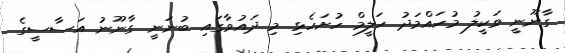
ގާނޫނީ ވަކީލު މުހައްމަދު ހަލީމް ހުށަހެޅި މި ދައުވާގައި ބުނަނީ ގާނޫނު އަސާސީގެ